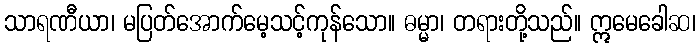
သာရဏီယာ၊ မပြတ်အောက်မေ့သင့်ကုန်သော။ ဓမ္မာ၊ တရားတို့သည်။ ဣမေခေါဆ၊